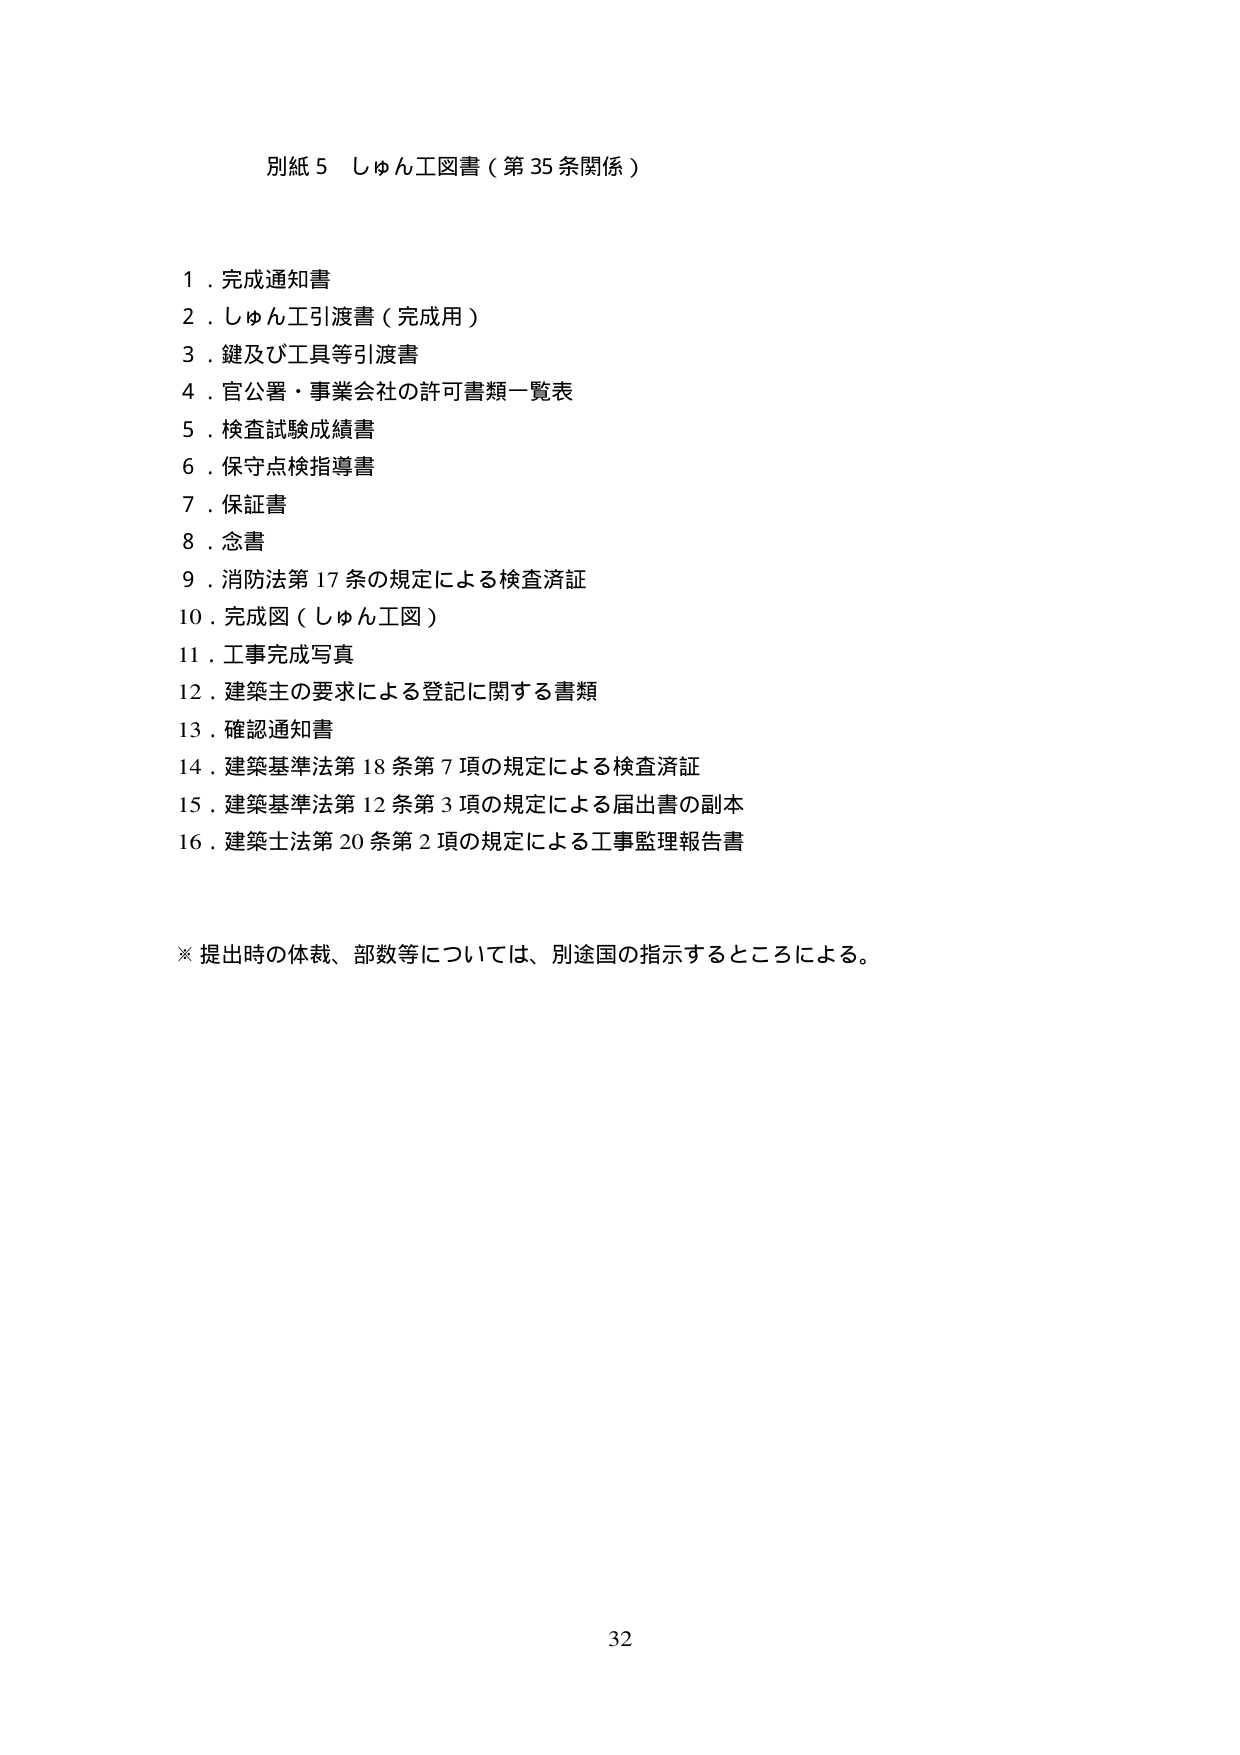
別紙５ しゅん工図書（第35条関係）

１．完成通知書
２．しゅん工引渡書（完成用）
３．鍵及び工具等引渡書
４．官公署・事業会社の許可書類一覧表
５．検査試験成績書
６．保守点検指導書
７．保証書
８．念書
９．消防法第17条の規定による検査済証
10．完成図（しゅん工図）
11．工事完成写真
12．建築主の要求による登記に関する書類
13．確認通知書
14．建築基準法第18条第7項の規定による検査済証
15．建築基準法第12条第3項の規定による届出書の副本
16．建築士法第20条第2項の規定による工事監理報告書

※提出時の体裁、部数等については、別途国の指示するところによる。

32